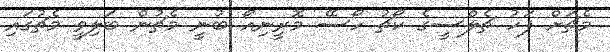
މެޗަށް ފަހު ޗެލްސީގެ ކޯޗު ހޯސޭ މޮރީނިއޯ ބުނީ މެޗުން ބަލިވީ މެޗުގައި